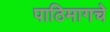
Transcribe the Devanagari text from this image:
पाठिमागचे